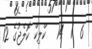
6  1  14   ކްލިކް ކޮލެޖުގެ 12